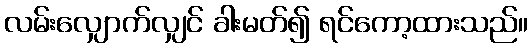
လမ်းလျှောက်လျှင် ခါးမတ်၍ ရင်ကော့ထားသည်။